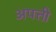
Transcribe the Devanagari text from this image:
अपत्ती